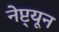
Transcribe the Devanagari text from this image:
नेप्ट्यून